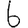
Digit: 6